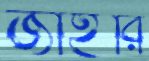
জাইরি